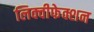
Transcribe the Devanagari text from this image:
लिक्वीफेक्शन